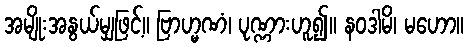
အမျိုးအနွယ်မျှဖြင့်။ ဗြာဟ္မဏံ၊ ပုဏ္ဏားဟူ၍။ နဝဒါမိ၊ မဟော။